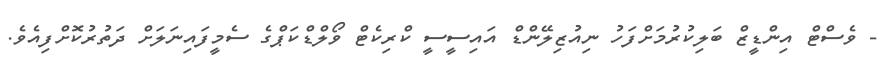
- ވެސްޓް އިންޑީޒް ބަލިކުރުމަށްފަހު ނިއުޒިލޭންޑް އައިސީސީ ކްރިކެޓް ވޯލްޑްކަޕްގެ ސެމީފައިނަލަށް ދަތުރުކޮށްފިއެވެ.